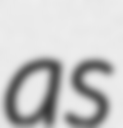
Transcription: as